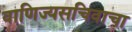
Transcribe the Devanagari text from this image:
वाणिज्यसचिवाचा